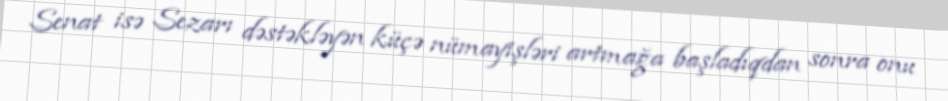
Senat isə Sezarı dəstəkləyən küçə nümayişləri artmağa başladıqdan sonra onu